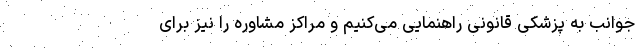
جوانب به پزشکی قانونی راهنمایی می‌کنیم و مراکز مشاوره را نیز برای